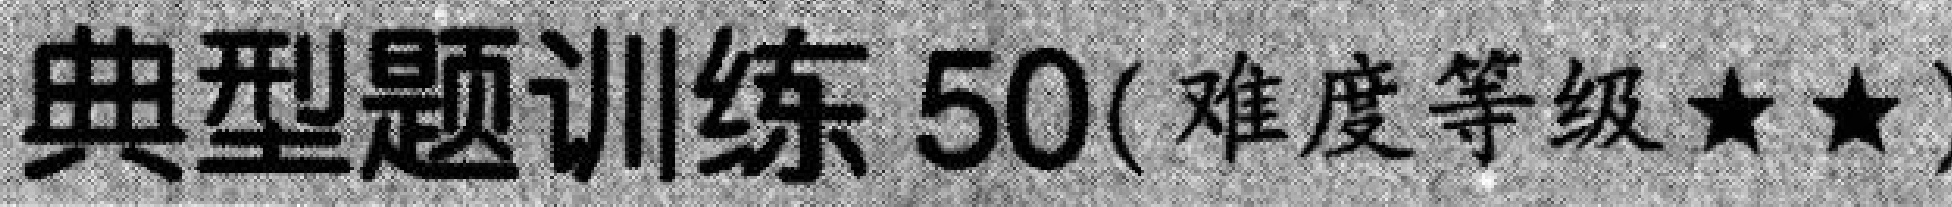
典型题训练50(难度等级★★)